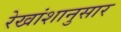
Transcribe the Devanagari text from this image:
रेखांशानुसार